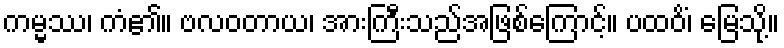
ကမ္မဿ၊ ကံ၏။ ဗလဝတာယ၊ အားကြီးသည်အဖြစ်ကြောင့်။ ပထဝိံ၊ မြေသို့။